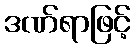
ဒဏ်ရာဖြင့်